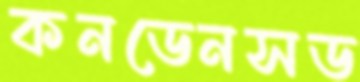
কনডেনসড